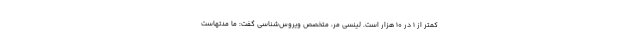
کمتر از ۱ در ۱۰ هزار است. لینسی مر، متخصص ویروس‌شناسی گفت: ما مدتهاست